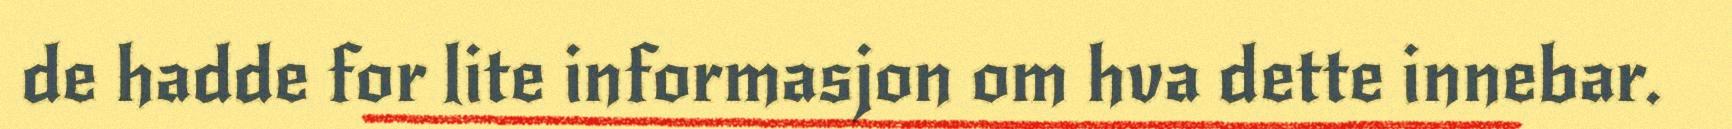
de hadde for lite informasjon om hva dette innebar.